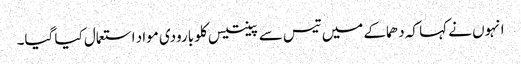
انہوں نے کہا کہ دھماکے میں تیس سے پینتیس کلو بارودی مواد استعمال کیا گیا۔